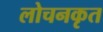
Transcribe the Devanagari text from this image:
लोचनकृत